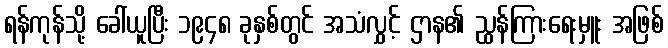
ရန်ကုန်သို့ ခေါ်ယူပြီး ၁၉၄၈ ခုနှစ်တွင် အသံလွှင့် ဌာန၏ ညွှန်ကြားရေးမှူး အဖြစ်